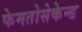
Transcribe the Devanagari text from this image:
फेमतोसेकेन्‍ड